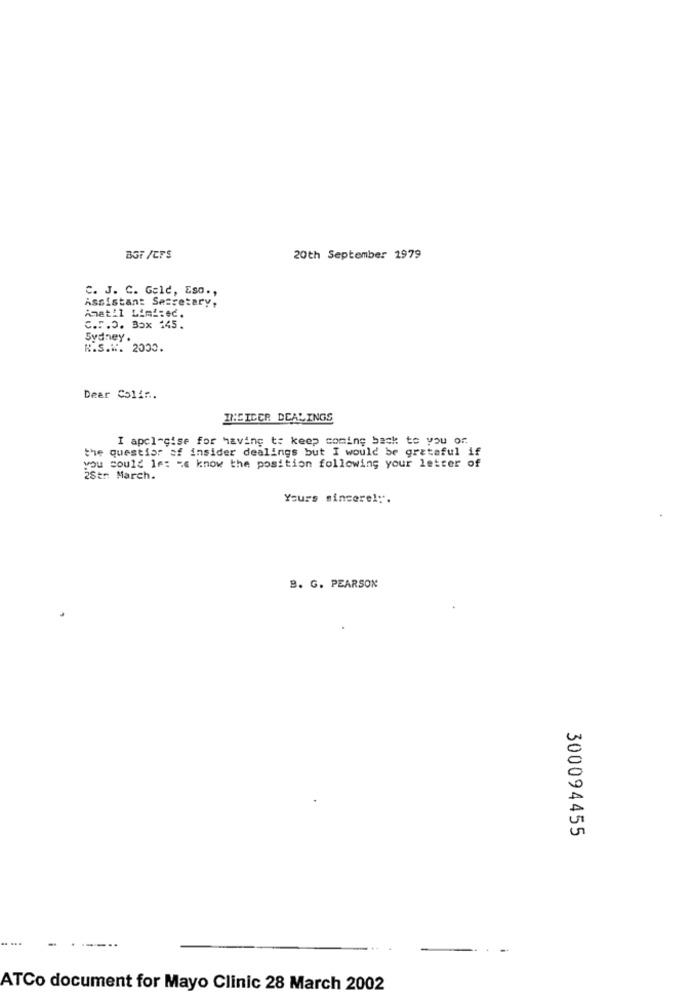
BGF /CFS
20th September 1979
C. J. C. Geld, Eso .,
Assistant Secretary,
Anatil Limf:ec.
c.F.O. Box 145.
Sydney .
R.S.W. 2000.
Dear Colin.
INCIDER DEALINGS
I apologise for having to keep coming back to you or.
the questior of insider dealings but I would be grateful if
you could let me know the position following your letter of
28tr March.
Yours sincerel:".
B. G. PEARSON
300094455
ATCo document for Mayo Clinic 28 March 2002